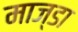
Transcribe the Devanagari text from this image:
माज्डा